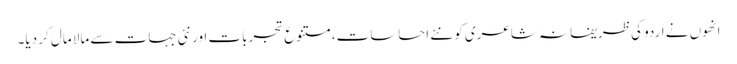
انھوں نے اردو کی ظریفانہ شاعری کو نئے احساسات،متنوع تجربات اور نئی جہات سے مالا مال کر دیا۔